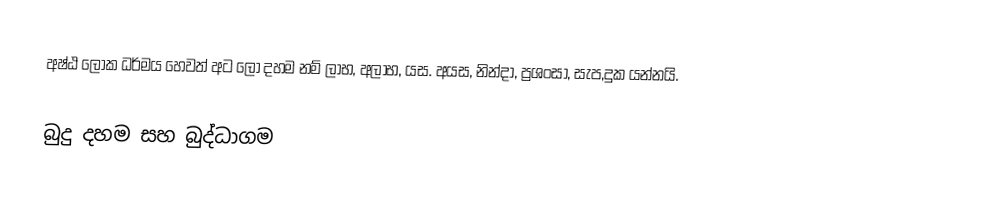
අෂ්ඨ ලෝක ධර්මය හෙවත් අට ලෝ දහම නම් ලාභ, අලාභ, යස. අයස, නින්දා, ප්‍රශංසා, සැප,දුක යන්නයි.

බුදු දහම සහ බුද්ධාගම